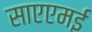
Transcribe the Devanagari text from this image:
साएएमई